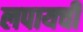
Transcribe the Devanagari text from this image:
लपायची